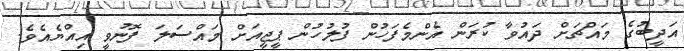
އަދީބުގެ މައްޗަށް ދައުވާ ކުރަން އެންމެފަހުން ފުލުހުން ޕީޖީއަށް މައްސަލަ ފޮނުވީ އިއްޔެއެވެ.